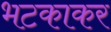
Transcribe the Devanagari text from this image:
भटकाकर